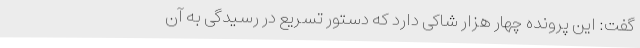
گفت: این پرونده چهار هزار شاکی دارد که دستور تسریع در رسیدگی به آن